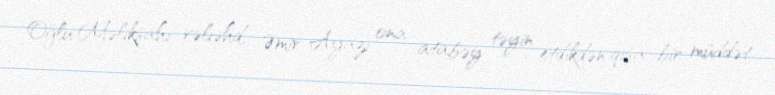
Oğlu Məlikşahı vəliəhd, Əmir Ayazı ona atabəy təyin etdikdən qısa bir müddət